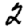
Digit: 2